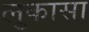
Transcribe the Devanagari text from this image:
लुकासा